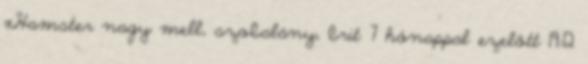
xHamster nagy mell, szobalány, brit 7 hónappal ezelőtt 19:12